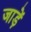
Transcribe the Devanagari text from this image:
जाड़ें